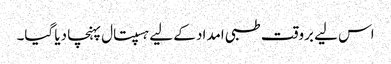
اس لیے بروقت طبی امداد کے لیے ہسپتال پہنچا دیا گیا۔